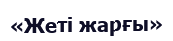
«Жеті жарғы»